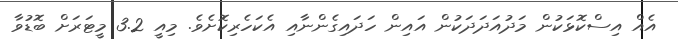
އެއް އިސްކޮޅަކުން މަދުއަދަދަކުން އައިން ހަދައިގެންނާއި އެކަހެރިކޮށެވެ. މިއީ 3.2 މީޓަރަށް ބޮޑުވާ